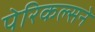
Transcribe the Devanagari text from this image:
पेरिकल्सने